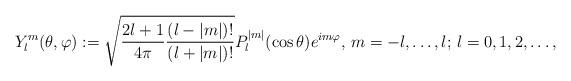
LaTeX: \begin{align*}Y_l^m(\theta,\varphi):=\sqrt{\frac{2l+1}{4\pi}\frac{(l-|m|)!}{(l+|m|)!}}P_l^{|m|}(\cos\theta)e^{im\varphi},\,m=-l,\ldots,l;\,l=0,1,2,\ldots,\end{align*}